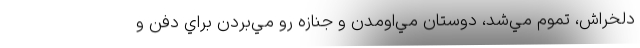
دلخراش، تموم مي‌شد، دوستان مي‌اومدن و جنازه رو مي‌بردن براي دفن و